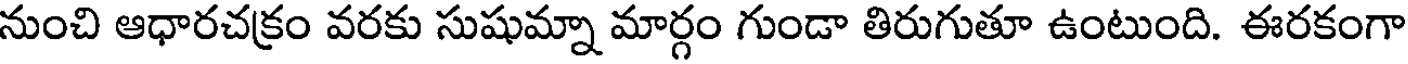
నుంచి ఆధారచక్రం వరకు సుషుమ్నా మార్గం గుండా తిరుగుతూ ఉంటుంది. ఈరకంగా